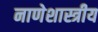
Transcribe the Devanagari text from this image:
नाणेशास्त्रीय